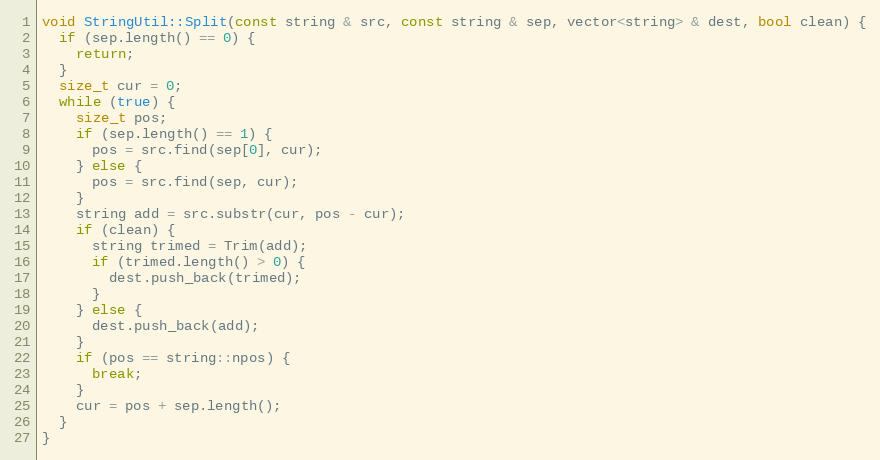
Language: C++
void StringUtil::Split(const string & src, const string & sep, vector<string> & dest, bool clean) {
  if (sep.length() == 0) {
    return;
  }
  size_t cur = 0;
  while (true) {
    size_t pos;
    if (sep.length() == 1) {
      pos = src.find(sep[0], cur);
    } else {
      pos = src.find(sep, cur);
    }
    string add = src.substr(cur, pos - cur);
    if (clean) {
      string trimed = Trim(add);
      if (trimed.length() > 0) {
        dest.push_back(trimed);
      }
    } else {
      dest.push_back(add);
    }
    if (pos == string::npos) {
      break;
    }
    cur = pos + sep.length();
  }
}